Report of the Hyderabad Chloroform Commission
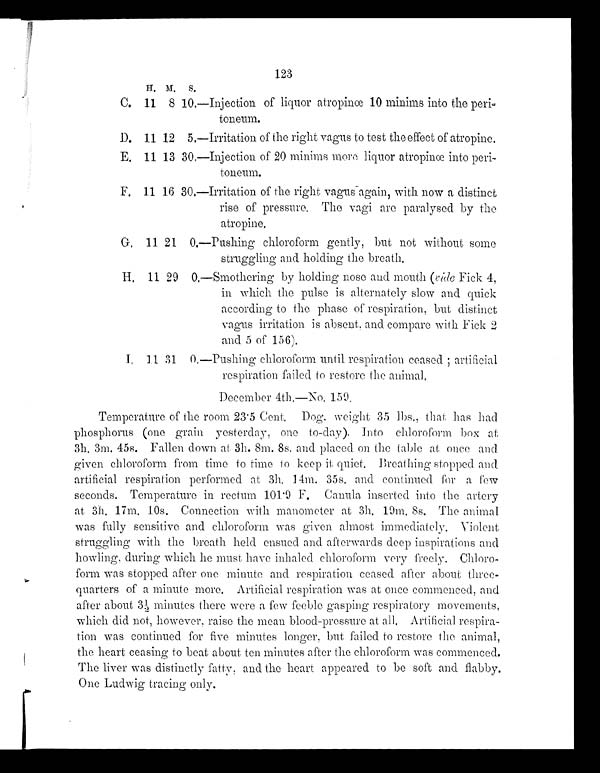
123
H. M. S.
C. 11 8
1 0 . — Injection of liquor atropinœ 10 minims into tile peri -
toneum.
D. 11 12
5 . — Irritation of the right vagus to test the effect of atropine.
E. 11 13
3 0 . — Injection of 20 minims more liquor atropinœ into peri-
toneum.
F. 11 16 30.—Irritation of the right vagus again, with now a distinct
rise of pressure. The vagi are paralysed by the
atropine.
G . 11 21
0 . —
Pushing chloroform gently, but not without some
struggling and holding the breath.
H. 11 29 0.— Smothering by holding nose and mouth (vide Fick 4,
in which the pulse is alternately slow and quick
according to the phase of respiration, but distinct
vagus irritation is absent, and compare with. Fick 2
and 5 of 156).
I . 11 31
0 . — Pushing chloroform until respiration ceased; artificial
respiration failed to restore the animal.
December 4th—No, 159.
Temperature of the room 23·5 Cent. Dog. weight 35 lbs., that has had
phosphorus (one grain yesterday, one to-day). Into chloroform box at
3h. 3m. 45s. Fallen down at 3h. 8m. 8s. and placed on the table at once and
given chloroform from time to time to keep it quiet. Breathing stopped and
artificial respiration performed at 3h. 14m. 35s. and continued for a few
seconds. Temperature in rectum 101·9 F. Canula inserted into the artery
at 3h. 17m. 10s. Connection with manometer at 3h. 10m. 8s. The animal
was fully sensitive and chloroform was given almost immediately. Violent
struggling with the breath held ensued and afterwards deep inspirations and
howling, during which he must have inhaled chloroform very freely. Chloro
-
form was stopped after one minute and respiration ceased after about three-
quarters of a minute more. Artificial respiration was at once commenced, and
after about 3½ minutes there were a few feeble gasping respiratory movements,
which did not, however, raise the mean blood-pressure at all. Artificial respira
-
tion was continued for five minutes longer, but failed to restore the animal,
the heart ceasing to beat about ten minutes after the chloroform was commenced.
The liver was distinctly fatty, and the heart appeared to be soft and flabby.
One Ludwig tracing only.